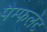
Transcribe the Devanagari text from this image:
पैम्‍फलेट